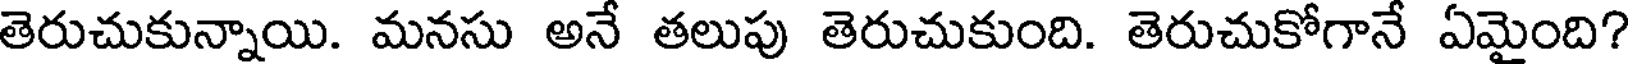
తెరుచుకున్నాయి. మనసు అనే తలుపు తెరుచుకుంది. తెరుచుకోగానే ఏమైంది?